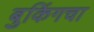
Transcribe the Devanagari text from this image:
बुकिंगचा